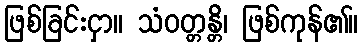
ဖြစ်ခြင်းငှာ။ သံဝတ္တန္တိ၊ ဖြစ်ကုန်၏။